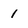
Character: I